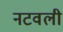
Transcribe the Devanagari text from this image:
नटवली